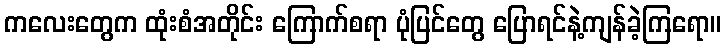
ကလေးတွေက ထုံးစံအတိုင်း ကြောက်စရာ ပုံပြင်တွေ ပြောရင်နဲ့ကျန်ခဲ့ကြရော။